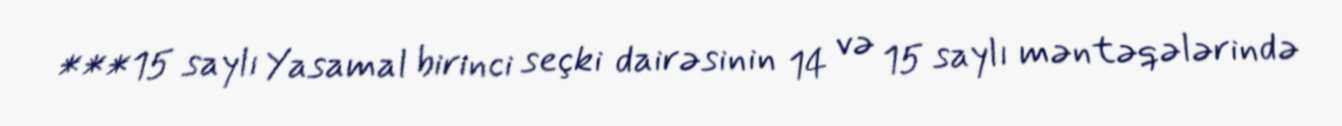
***15 saylı Yasamal birinci seçki dairəsinin 14 və 15 saylı məntəqələrində